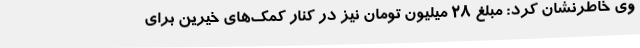
وی خاطرنشان کرد: مبلغ 28 میلیون تومان نیز در کنار کمک‌های خیرین برای